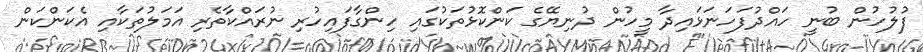
ފުލުހުން ބުނީ ހައްދުފަހަނަޅައިދާ މީހުން ދުނިޔޭގެ ކަންކޮޅުތަކުގައި ހިންގާފައިހުރި ނުރައްކާތެރި އަމަލުތަކާއި އެކަންކަން